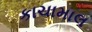
કાચામાલ